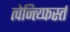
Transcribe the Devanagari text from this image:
त्वेन्त्य्फिर्स्त